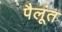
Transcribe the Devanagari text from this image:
पैलूंत